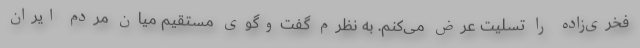
فخری‌زاده را تسلیت عرض می‌کنم. به نظرم گفت‌وگوی مستقیم میان مردم ایران